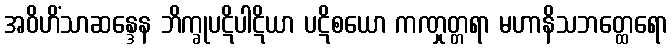
အဝိဟိံသာဆန္ဒေန ဘိက္ခုပဋိပါဋိယာ ပဋိစယော ကဏှုတ္တရာ မဟာနိသဘတ္ထေရော